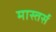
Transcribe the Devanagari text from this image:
मास्तर्स